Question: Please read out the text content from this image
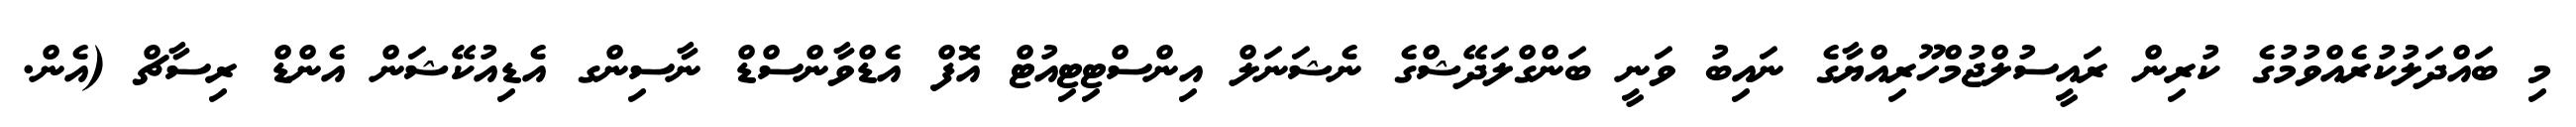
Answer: މި ބައްދަލުކުރެއްވުމުގެ ކުރިން ރައީސުލްޖުމްހޫރިއްޔާގެ ނައިބު ވަނީ ބަންގްލަދޭޝްގެ ނެޝަނަލް އިންސްޓިޓިއުޓް އޮފް އެޑްވާންސްޑް ނާސިންގ އެޑިއުކޭޝަން އެންޑް ރިސާޗް (އެން.